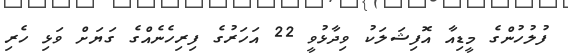
ފުލުހުންގެ މީޑިއާ އޮފިޝަލަކު ވިދާޅުވީ 22 އަހަރުގެ ފިރިހެނެއްގެ ގަޔަށް ވަޅި ހެރި